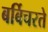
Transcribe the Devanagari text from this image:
बर्बिचरते